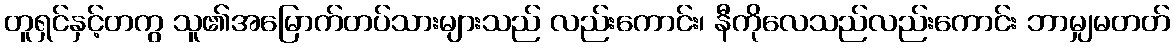
တူရှင်နှင့်တကွ သူ၏အမြောက်တပ်သားများသည် လည်းကောင်း၊ နီကိုလေသည်လည်းကောင်း ဘာမျှမတတ်